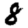
Digit: 8